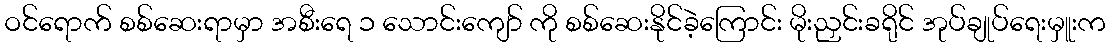
ဝင်ရောက် စစ်ဆေးရာမှာ အစီးရေ ၁ သောင်းကျော် ကို စစ်ဆေးနိုင်ခဲ့ကြောင်း မိုးညှင်းခရိုင် အုပ်ချုပ်ရေးမှူးက